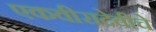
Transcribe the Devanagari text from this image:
एकवीरादेवीचे